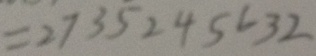
= 2 7 3 5 2 4 5 6 3 2